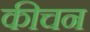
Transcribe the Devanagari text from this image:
कीचन